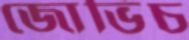
জোভিচ